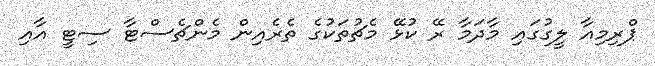
ޕްރިމިއާ ލީގުގައި މާދަމާ ރޭ ކުޅޭ މެޗުތަކުގެ ތެރެއިން މެންޗެސްޓާ ސިޓީ އާއި